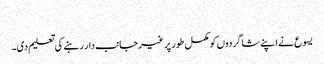
‏
یسوع نے اپنے شاگردوں کو مکمل طور پر غیرجانب‌دار رہنے کی تعلیم دی۔